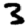
Digit: 3